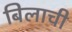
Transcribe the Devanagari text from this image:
बिलाची